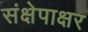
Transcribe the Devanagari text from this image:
संक्षेपाक्षर